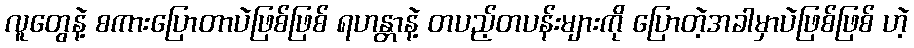
လူတွေနဲ့ စကားပြောတာပဲဖြစ်ဖြစ် ရဟန္တာနဲ့ တပည့်တပန်းများကို ပြောတဲ့အခါမှာပဲဖြစ်ဖြစ် ဟဲ့